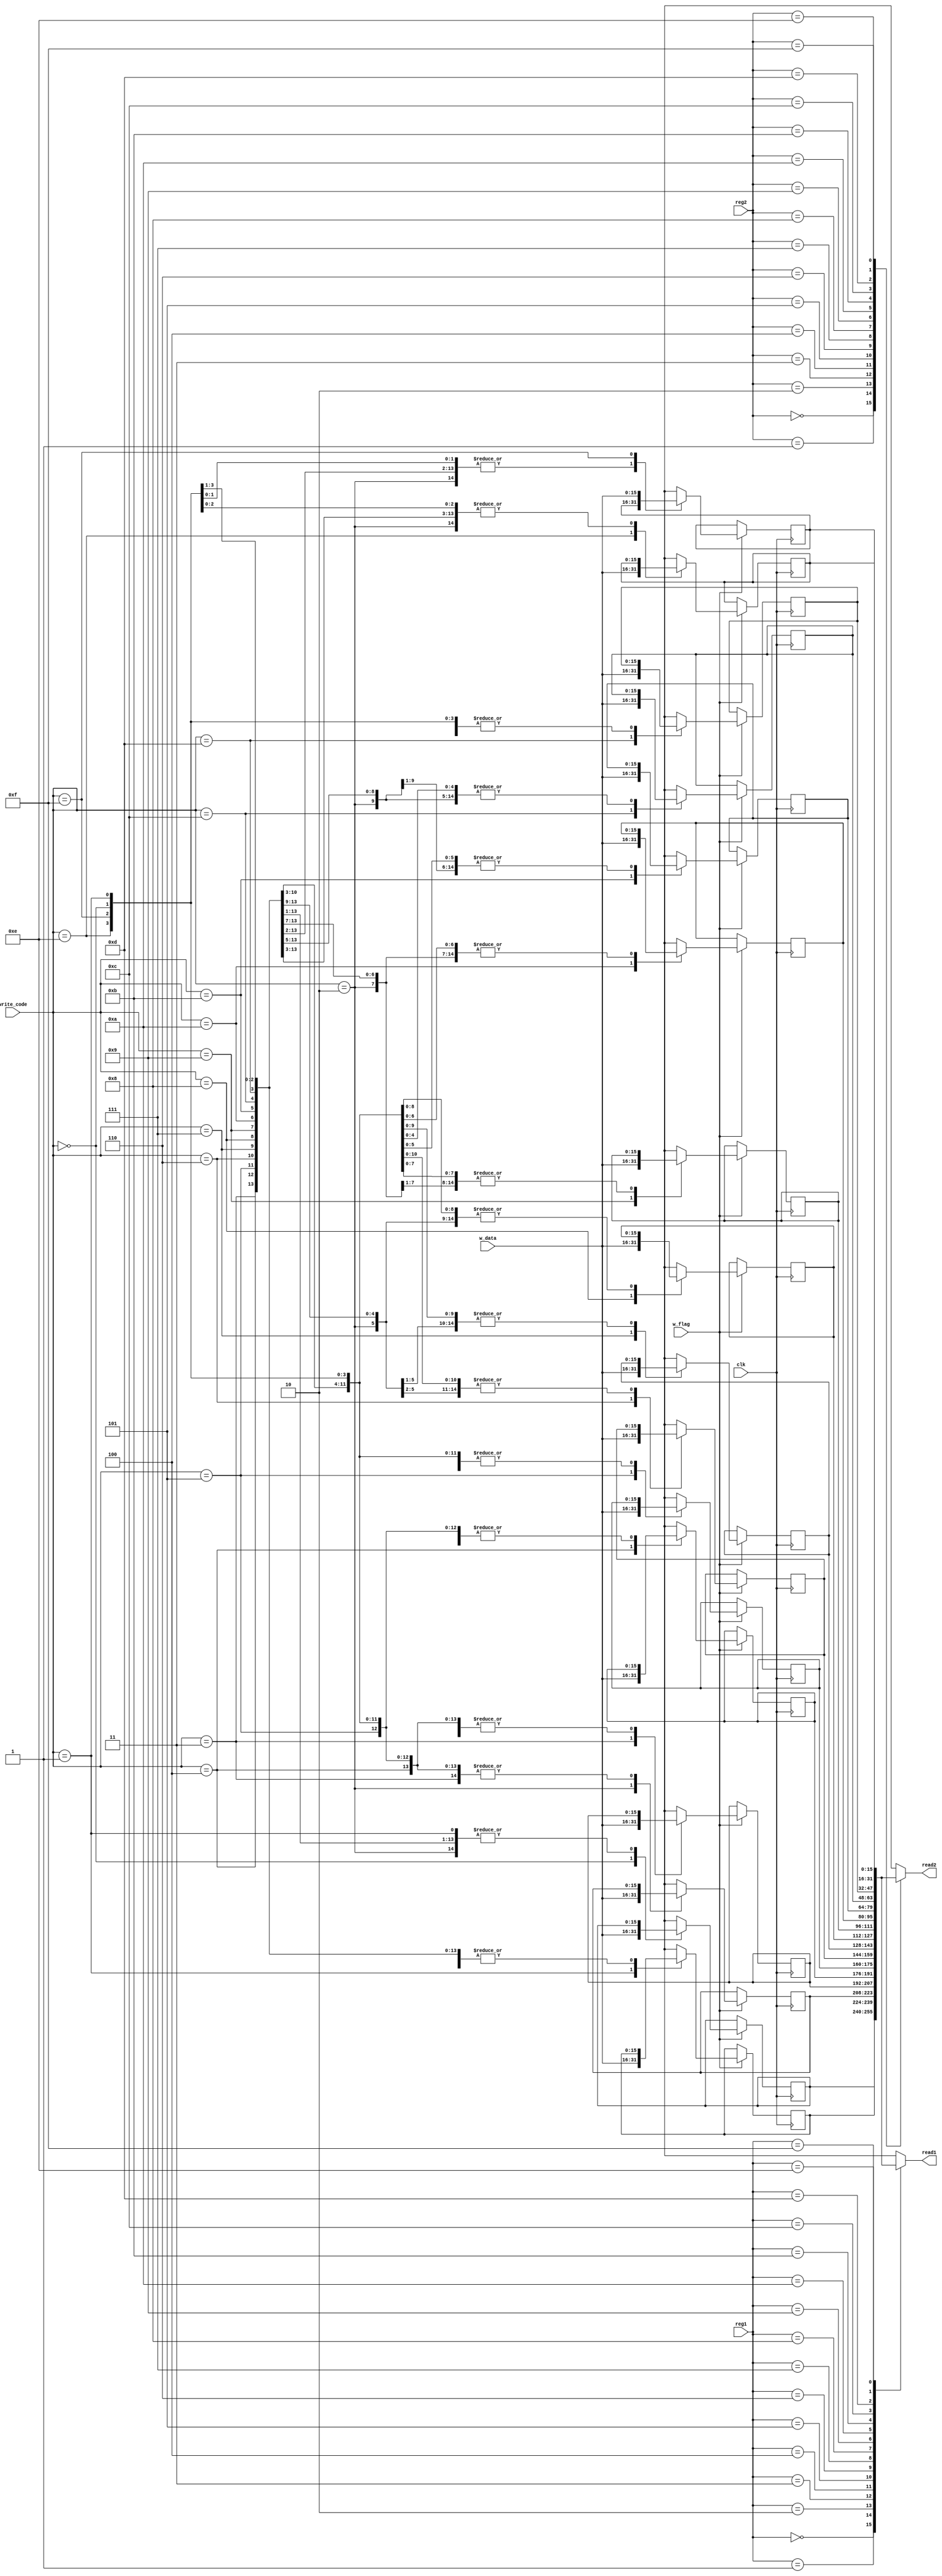
`timescale 1ns / 1ps
//////////////////////////////////////////////////////////////////////////////////
// Company: 
// Engineer: 
// 
// Design Name: 
// Module Name:    Register_File 
// Project Name: 
// Target Devices: 
// Tool versions: 
// Description: 
//
// Dependencies: 
//
// Revision: 
// Revision 0.01 - File Created
// Additional Comments: 
//
//////////////////////////////////////////////////////////////////////////////////
module Register_File(reg1,reg2,write_code,w_flag,w_data,clk,read1,read2);
	input [3:0] reg1;
	input [3:0] reg2;
	input [3:0] write_code;
	input w_flag;
	input [15:0] w_data;
	input clk;
	output [15:0] read1;
	output [15:0] read2;
	reg [15:0] ref_f[15:0];
	
	assign read1=ref_f[reg1];
	assign read2=ref_f[reg2];
	always@(posedge clk)
		begin
			if(w_flag)
				begin
					case(write_code)
						0:ref_f[0]=w_data;
						1:ref_f[1]=w_data;
						2:ref_f[2]=w_data;
						3:ref_f[3]=w_data;
						4:ref_f[4]=w_data;
						5:ref_f[5]=w_data;
						6:ref_f[6]=w_data;
						7:ref_f[7]=w_data;
						8:ref_f[8]=w_data;
						9:ref_f[9]=w_data;
						10:ref_f[10]=w_data;
						11:ref_f[11]=w_data;
						12:ref_f[12]=w_data;
						13:ref_f[13]=w_data;
						14:ref_f[14]=w_data;
						15:ref_f[15]=w_data;
				endcase
		end

end
endmodule